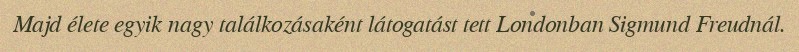
Majd élete egyik nagy találkozásaként látogatást tett Londonban Sigmund Freudnál.